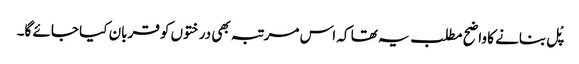
پْل بنانے کا واضح مطلب یہ تھا کہ اس مرتبہ بھی درختوں کو قربان کیا جائے گا۔